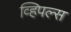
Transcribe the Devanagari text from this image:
व्हिपल्स